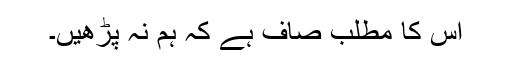
اس کا مطلب صاف ہے کہ ہم نہ پڑھیں۔